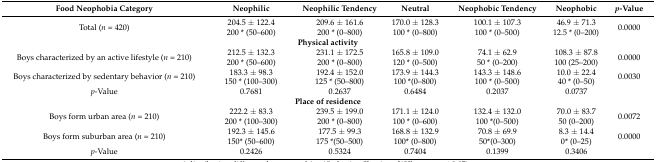
| Food Neophobia Category | Neophilic | Neophilic Tendency | Neutral | Neophobic Tendency | Neophobic | p-Value |
 | --- | --- | --- | --- | --- | --- | --- |
 | Total (n = 420) | 204.5 ± 122.4200 * (50–600) | 209.6 ± 161.6200 * (0–800) | 170.0 ± 128.3100 * (0–800) | 100.1 ± 107.3100 * (0–500) | 46.9 ± 71.312.5 * (0–200) | 0.0000 |
 | <COLSPAN=7> Physical activity |
 | Boys characterized by an active lifestyle (n = 210) | 212.5 ± 132.3200 * (50–600) | 231.1 ± 172.5200 * (0–800) | 165.8 ± 109.0120 * (0–500) | 74.1 ± 62.950 * (0–200) | 108.3 ± 87.8100 (25–200) | 0.0000 |
 | Boys characterized by sedentary behavior (n = 210) | 183.3 ± 98.3150 * (100–300) | 192.4 ± 152.0125 * (50–800) | 173.9 ± 144.3100 *(0–800) | 143.3 ± 148.6100 * (0–500) | 10.0 ± 22.440 * (0–50) | 0.0030 |
 | p-Value | 0.7681 | 0.2637 | 0.6484 | 0.2037 | 0.0737 |
 | <COLSPAN=7> Place of residence |
 | Boys form urban area (n = 210) | 222.2 ± 83.3200 * (100–300) | 239.5 ± 199.0200 * (0–800) | 171.1 ± 124.0100 * (0–600) | 132.4 ± 132.0100 *(0–500) | 70.0 ± 83.750 (0–200) | 0.0072 |
 | Boys form suburban area (n = 210) | 192.3 ± 145.6150* (50–600) | 177.5 ± 99.3175 *(50–500) | 168.8 ± 132.9100* (0–800) | 70.8 ± 69.950*(0–300) | 8.3 ± 14.40* (0–25) | 0.0000 |
 | p-Value | 0.2426 | 0.5324 | 0.7404 | 0.1399 | 0.3406 |  |